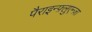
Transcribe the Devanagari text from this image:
पैराइन्फ़्लुएन्ज़ा